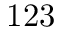
1 2 3